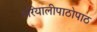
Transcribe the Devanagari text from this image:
हरियालीपाठोपाठ